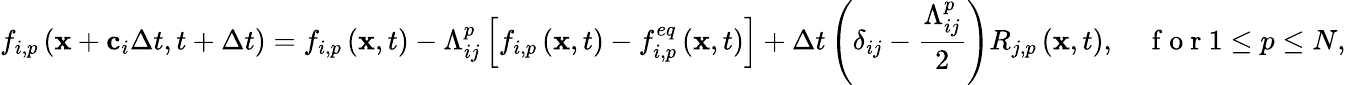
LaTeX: f_{i,p}\left(\mathbf{x}+\mathbf{c}_{i}\Delta t,t+\Delta t\right)=f_{i,p}\left(\mathbf{x},t\right)-\Lambda_{ij}^{p}\left[f_{i,p}\left(\mathbf{x},t\right)-f_{i,p}^{eq}\left(\mathbf{x},t\right)\right]+\Delta t\left(\delta_{ij}-\frac{\Lambda_{ij}^{p}}{2}\right)R_{j,p}\left(\mathbf{x},t\right),\quad\mathrm{~f~o~r~}1\leq p\leq N,